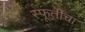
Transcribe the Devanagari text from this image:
स्फूर्तीचा